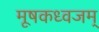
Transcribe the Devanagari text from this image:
मूषकध्वजम्